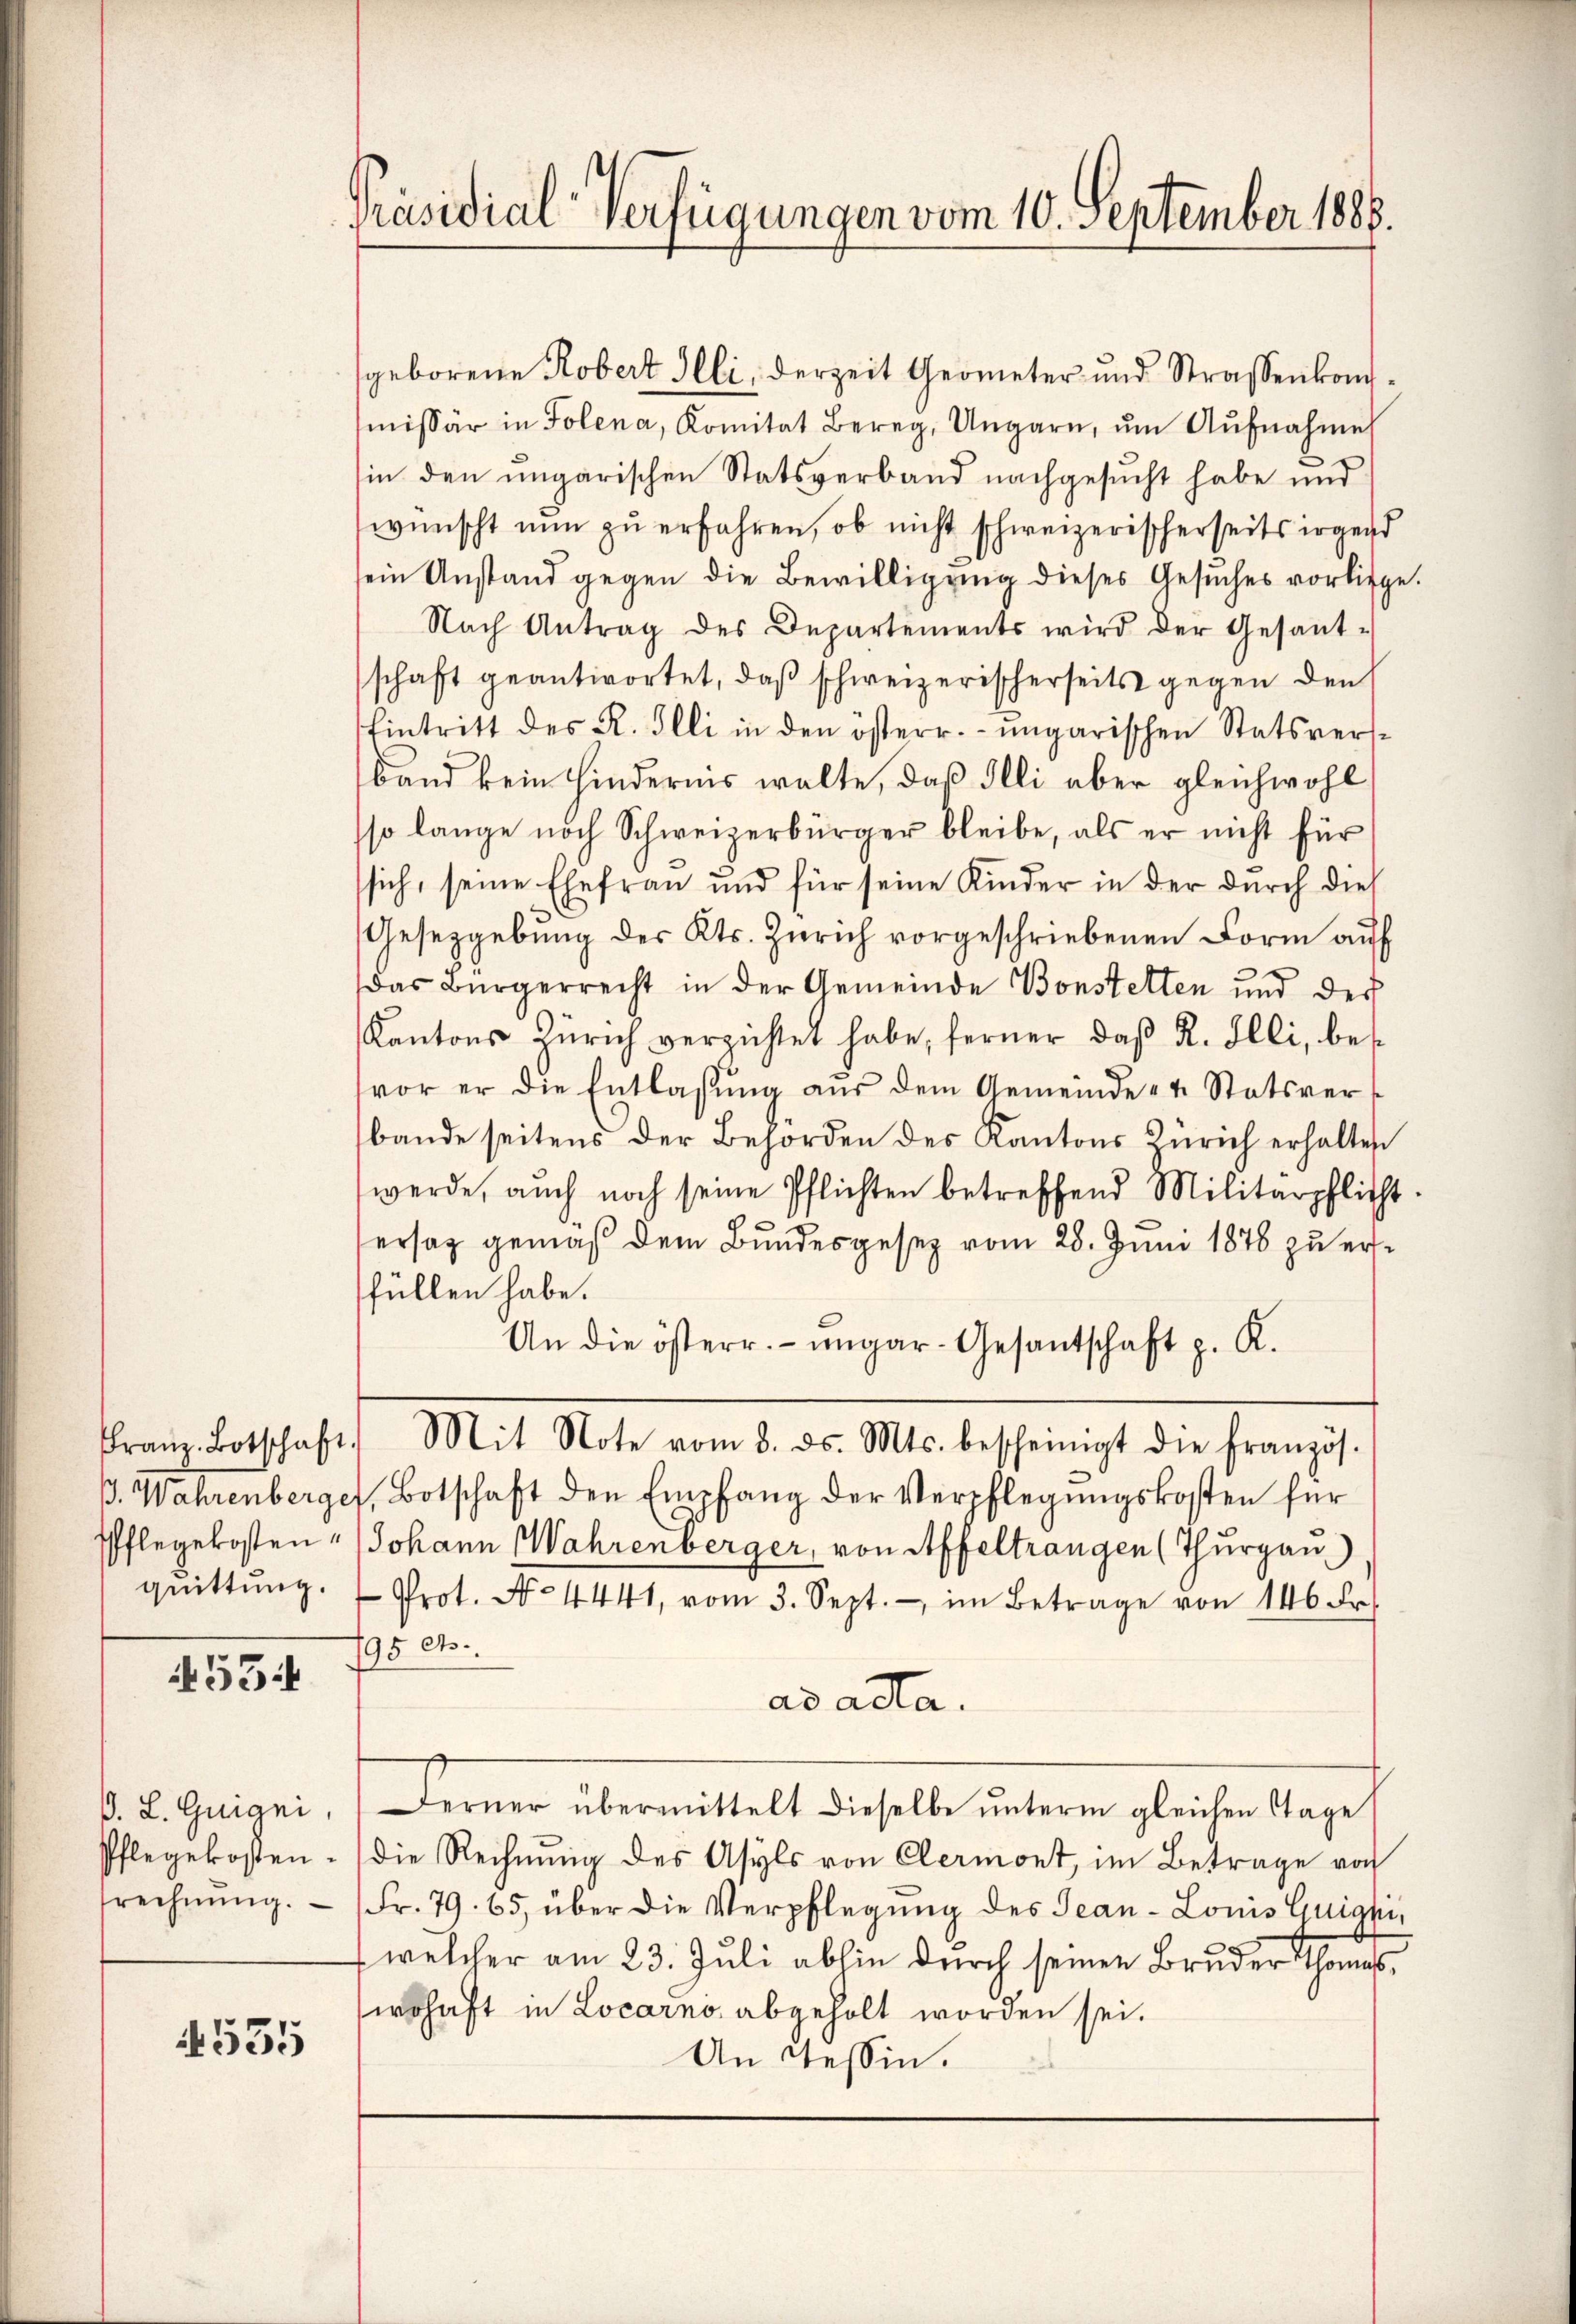
p. Wahrenberger
Pflegekosten,
quittung.

534

4535

P. L. Guigni,
Pflegekosten.
rechnŭng.

Präsidial-Verfügungen vom 10. September 1888.

geborene Robert Illi, derzeit Geometer und Strassenkommissär in Folena, Komitat Berg, Ungarn, ŭm Aŭfnahme
sin den ungarischen Statsverband nachgesucht habe und
wünscht nun zu erfahren, ob nicht schweizerischerseits irgend
sein Anstand gegen die Bewilligung dieses Gesuches vorliege.
Nach Antrag des Departements wird der Gesant-
schaft geantwortet, daß schweizerischerseits gegen den
Eintritt des R. Illi in den österr. ungarischen Statsvers-
band kein hindernis walte, daß Illi aber gleichwohl
so lange noch Schweizerbürger bleibe, als er nicht für
sich, seine Ehefrau und für seine Kinder in der durch dies
Gesetzgebŭng des Kts. Zürich vorgeschriebenen Form auf
das Bürgerrecht in der Gemeinde Bonstetten und der
Kantons Zürich verzichtet habe, ferner, daβ R. Illi, bes
vor er die Entlassŭng aŭs dem Gemeinde - u. Statsver-
bande seitens der Behörden des Kantons Zürich erhalten
werde, auch noch seine Pflichten betreffend Militärpflicht.
ersag gemäß dem Bundesgesetz vom 28. Juni 1878 zu ersfüllen habe.
An die österr. ungar-Gesantschaft p. K.
Franz Botschaft. Mit Note vom 3. ds. Mts. bescheinigt die französ.
Botschaft den Empfang der Verpflegungskosten für
Johann Wahrenberger, von Affeltrangen (Thurgau)
Prot. No 4441, vom 3. Sept. im Betrage von 146 Fr.
795 Cts.
ad acta.
Ferner übermittelt dieselbe unterm gleichen Tage
die Rechnung des Asyls von Clermont, im Betrage von
Fr. 79. 65, über die Verpflegung des Jean - Louis Guigniwelcher am 23. Juli abhin durch seinen Bruder Thomas,
irschaft in Locarno abgeholt worden sei.
An Tessin.